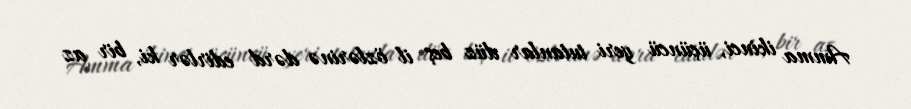
Amma ikinci, üçüncü yeri tutanlar düz beş il özlərinə dərd edirlər ki, bir az